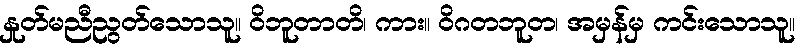
နှုတ်မညီညွတ်သောသူ။ ဝိဘူတာတိ၊ ကား။ ဝိဂတဘူတ၊ အမှန်မှ ကင်းသောသူ။